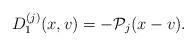
LaTeX: \begin{align*}D_{1}^{(j)}(x,v)=-\mathcal{P}_{j}(x-v).\end{align*}